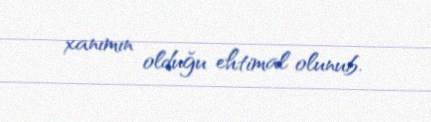
xanımın olduğu ehtimal olunub.